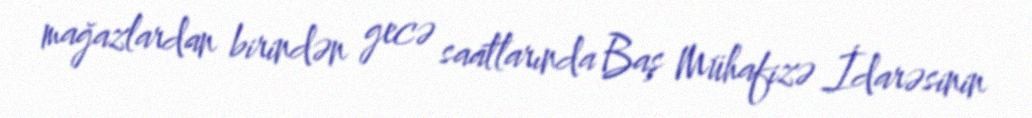
mağazlardan birindən gecə saatlarında Baş Mühafizə İdarəsinin